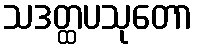
သဒတ္ထပသုတော